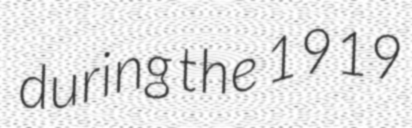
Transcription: during the 1919